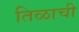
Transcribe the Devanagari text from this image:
तिळाची